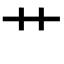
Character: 艹